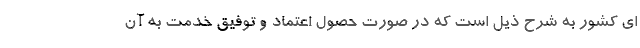
ای کشور به شرح ذیل است‌ که در صورت حصول اعتماد و توفیق خدمت به آن